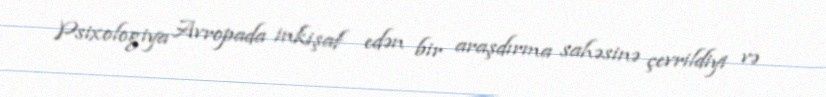
Psixologiya Avropada inkişaf edən bir araşdırma sahəsinə çevrildiyi və